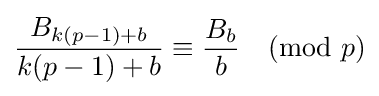
{\frac {B_{k(p-1)+b}}{k(p-1)+b}}\equiv {\frac {B_{b}}{b}}{\pmod {p}}